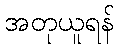
အတုယူရန်